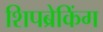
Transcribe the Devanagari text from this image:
शिपब्रेकिंग